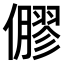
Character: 𠐋